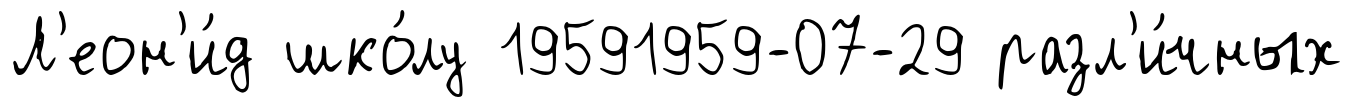
Л'еон'и́д шко́лу 19591959-07-29 разл'и́чных